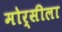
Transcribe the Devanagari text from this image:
मोर्सीला